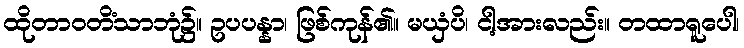
ထိုတာဝတိံသာဘုံ၌။ ဥပပန္နာ၊ ဖြစ်ကုန်၏။ မယှံပိ၊ ငါ့အားလည်း။ တထာရူပေါ၊